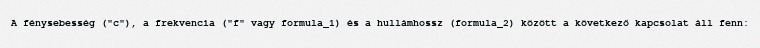
A fénysebesség ("c"), a frekvencia ("f" vagy formula_1) és a hullámhossz (formula_2) között a következő kapcsolat áll fenn: